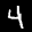
Label: 4